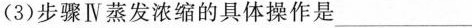
(3)步骤Ⅳ蒸发浓缩的具体操作是___